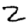
Digit: 2